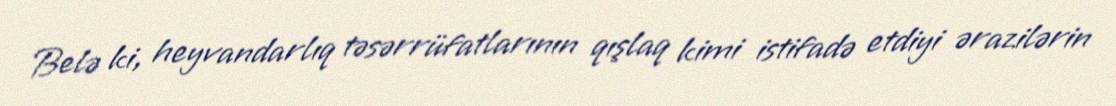
Belə ki, heyvandarlıq təsərrüfatlarının qışlaq kimi istifadə etdiyi ərazilərin